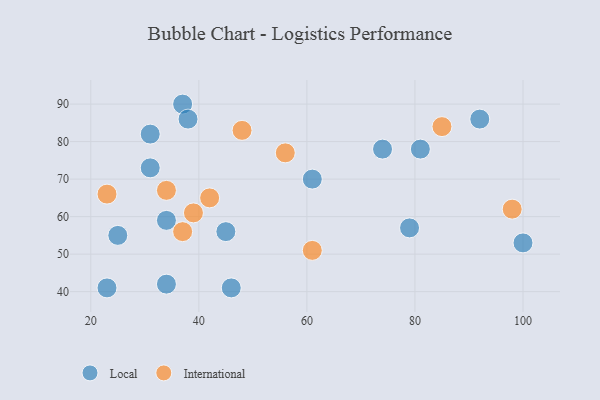
{"axis": {"x": "GDP", "y": "Life Expectancy"}, "legend": ["International", "Local"], "data": [{"x": "34", "y": 59, "type": "Local"}, {"x": "61", "y": 70, "type": "Local"}, {"x": "31", "y": 82, "type": "Local"}, {"x": "45", "y": 56, "type": "Local"}, {"x": "81", "y": 78, "type": "Local"}, {"x": "37", "y": 90, "type": "Local"}, {"x": "79", "y": 57, "type": "Local"}, {"x": "38", "y": 86, "type": "Local"}, {"x": "100", "y": 53, "type": "Local"}, {"x": "25", "y": 55, "type": "Local"}, {"x": "74", "y": 78, "type": "Local"}, {"x": "23", "y": 41, "type": "Local"}, {"x": "92", "y": 86, "type": "Local"}, {"x": "46", "y": 41, "type": "Local"}, {"x": "31", "y": 73, "type": "Local"}, {"x": "34", "y": 42, "type": "Local"}, {"x": "42", "y": 65, "type": "International"}, {"x": "37", "y": 56, "type": "International"}, {"x": "34", "y": 67, "type": "International"}, {"x": "98", "y": 62, "type": "International"}, {"x": "39", "y": 61, "type": "International"}, {"x": "48", "y": 83, "type": "International"}, {"x": "23", "y": 66, "type": "International"}, {"x": "61", "y": 51, "type": "International"}, {"x": "85", "y": 84, "type": "International"}, {"x": "56", "y": 77, "type": "International"}]}